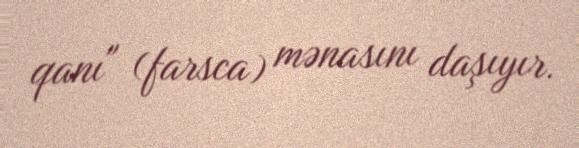
qanı" (farsca) mənasını daşıyır.